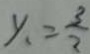
y _ { 1 } = \frac { 3 } { 2 }